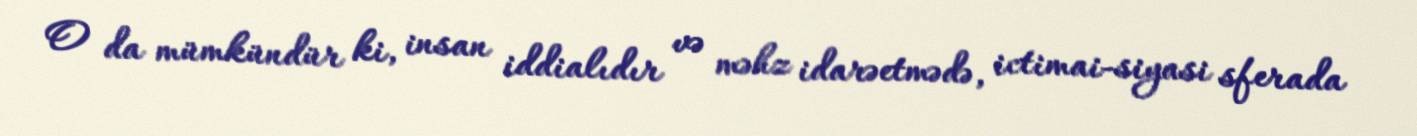
O da mümkündür ki, insan iddialıdır və məhz idarəetmədə, ictimai-siyasi sferada